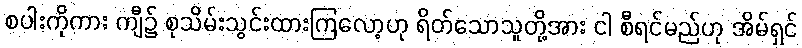
စပါးကိုကား ကျီ၌ စုသိမ်းသွင်းထားကြလော့ဟု ရိတ်သောသူတို့အား ငါ စီရင်မည်ဟု အိမ်ရှင်